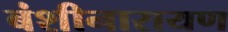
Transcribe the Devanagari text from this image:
बंशीनारायण